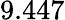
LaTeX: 9.447